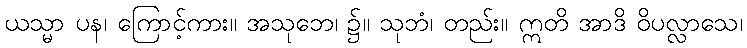
ယသ္မာ ပန၊ ကြောင့်ကား။ အသုဘေ၊ ၌။ သုဘံ၊ တည်း။ ဣတိ အာဒိ ဝိပလ္လာသေ၊